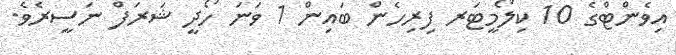
އިވެންޓްގެ 10 ކިލޯމީޓަރ ފިރިހެން ބައިން 1 ވަނަ ހޯދީ ޝަރަފް ނަސީރެވެ.